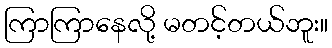
ကြာကြာနေလို့ မတင့်တယ်ဘူး။